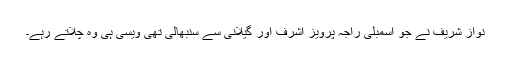
نواز شریف نے جو اسمبلی راجہ پرویز اشرف اور گیلانی سے سنبھالی تھی ویسی ہی وہ چلاتے رہے۔